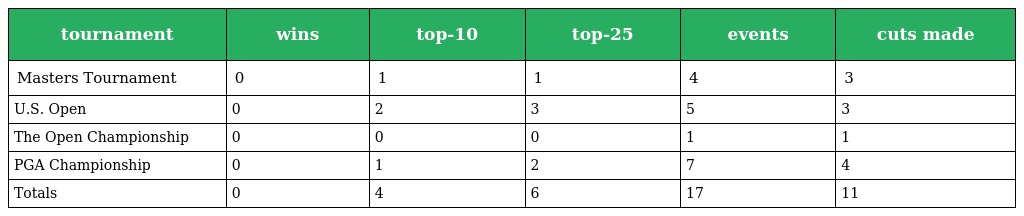
| tournament | wins | top-10 | top-25 | events | cuts made |
 | --- | --- | --- | --- | --- | --- |
 | Masters Tournament | 0 | 1 | 1 | 4 | 3 |
 | U.S. Open | 0 | 2 | 3 | 5 | 3 |
 | The Open Championship | 0 | 0 | 0 | 1 | 1 |
 | PGA Championship | 0 | 1 | 2 | 7 | 4 |
 | Totals | 0 | 4 | 6 | 17 | 11 |